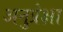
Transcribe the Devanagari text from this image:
अनुप्रेक्षा